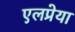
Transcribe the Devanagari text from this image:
एलप्रेया